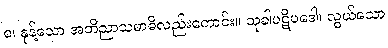
စ၊ နုန့်သော အဘိညာသမာဓိလည်းကောင်း။ သုခါပဋိပဒေါ၊ လွယ်သော